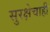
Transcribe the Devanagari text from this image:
सुरक्षेचाही